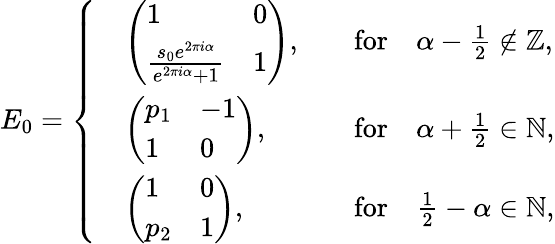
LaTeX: E_{0}=\left\{ \begin{array}{rlrl}&{\left(\begin{array}{ll}{1}&{0}\\ {\frac{s_{0}e^{2\pi i\alpha}}{e^{2\pi i\alpha}+1}}&{1}\end{array}\right),}&&{\mathrm{for}\quad\alpha-\frac{1}{2}\notin\mathbb{Z},}\\ &{\left(\begin{array}{ll}{p_{1}}&{-1}\\ {1}&{0}\end{array}\right),}&&{\mathrm{for}\quad\alpha+\frac{1}{2}\in\mathbb{N},}\\ &{\left(\begin{array}{ll}{1}&{0}\\ {p_{2}}&{1}\end{array}\right),}&&{\mathrm{for}\quad\frac{1}{2}-\alpha\in\mathbb{N},}\end{array}\right.